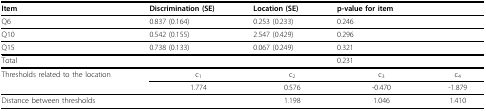
<table><thead><tr><td><b>Item</b></td><td><b>Discrimination (SE)</b></td><td><b>Location (SE)</b></td><td><b>p-value for item</b></td><td></td></tr></thead><tbody><tr><td>Q6</td><td>0.837 (0.164)</td><td>0.253 (0.233)</td><td>0.246</td><td></td></tr><tr><td>Q10</td><td>0.542 (0.155)</td><td>2.547 (0.429)</td><td>0.296</td><td></td></tr><tr><td>Q15</td><td>0.738 (0.133)</td><td>0.067 (0.249)</td><td>0.321</td><td></td></tr><tr><td>Total</td><td></td><td></td><td>0.231</td><td></td></tr><tr><td>Thresholds related to the location</td><td>c<sub>1</sub></td><td>c<sub>2</sub></td><td>c<sub>3</sub></td><td>c<sub>4</sub></td></tr><tr><td></td><td>1.774</td><td>0.576</td><td>-0.470</td><td>-1.879</td></tr><tr><td>Distance between thresholds</td><td></td><td>1.198</td><td>1.046</td><td>1.410</td></tr></tbody></table>